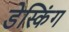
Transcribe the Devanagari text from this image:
डेस्किंग